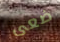
ضعى